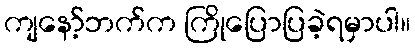
ကျနော့်ဘက်က ကြိုပြောပြခဲ့ရမှာပါ။